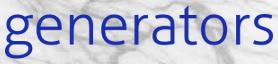
generators